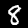
Digit: 8